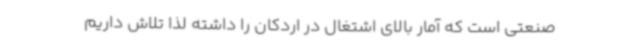
صنعتی است که آمار بالای اشتغال‌ در اردکان را داشته لذا تلاش داریم